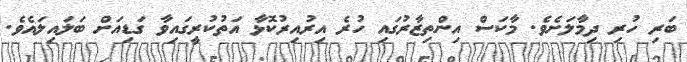
ބަރި ހުރި ދިމާލަށެވެ. މާކަސް އިންތިޒާރުގައި ހުރެ އިރުއިރުކޮޅާ އަތުކުރީގައިވާ ގަޑިއަށް ބަލައިލައެވެ.